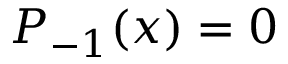
P _ { - 1 } ( x ) = 0